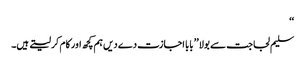
‘‘
سلیم لجاجت سے بولا ’’بابا اجازت دے دیں ہم کچھ اور کام کر لیتے ہیں۔